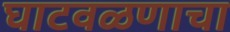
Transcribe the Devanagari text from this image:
घाटवळणाचा